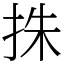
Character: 㧣